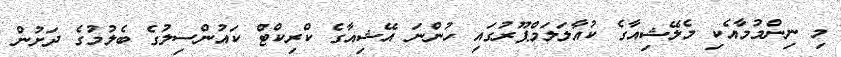
މި ނިންމުމާއެކި މެލޭޝިއާގެ ކުއާލަލަމްޕޫރުގައި ހުންނަ އޭޝިއާގެ ކްރިކްޓް ކައުންސިލުގެ ބެލުމުގެ ދަށުން